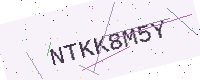
Text: NTKK8M5Y